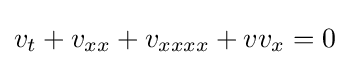
v_{t}+v_{xx}+v_{xxxx}+vv_{x}=0